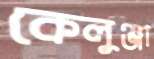
কেলুঞ্জা